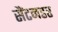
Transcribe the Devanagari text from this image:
सैंटनडर